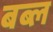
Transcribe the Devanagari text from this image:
बब्ल